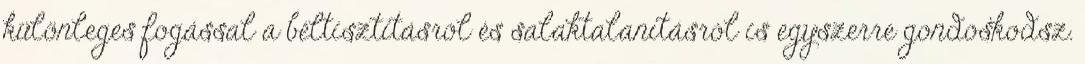
különleges fogással a béltisztításról és salaktalanításról is egyszerre gondoskodsz.